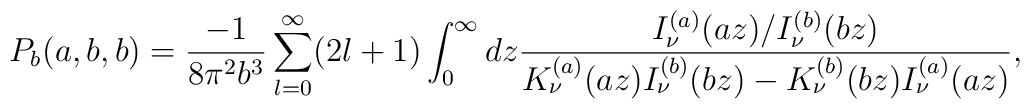
P_{b}(a,b,b)=\frac{-1}{8\pi^{2}b^{3}}\sum_{l=0}^{\infty}(2l+1)\int_{0}^{\infty}  dz\frac{I_{\nu}^{(a)}(az)/I_{\nu}^{(b)}(bz)}  {K_{\nu}^{(a)}(az)I_{\nu}^{(b)}(bz)-K_{\nu}^{(b)}(bz)I_{\nu}^{(a)}(az)},